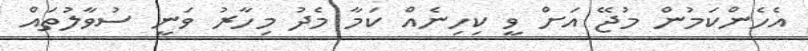
އެހެންކަމުން މުޖޭ އަށް ވީ ކިހިނެއް ކަމާ މެދު މިހާރު ވަނީ ސުވާލުތައް